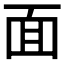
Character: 面